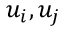
u _ { i } , u _ { j }